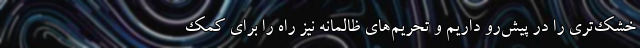
خشک‌تری را در پیش‌رو داریم و تحریم‌های ظالمانه نیز راه را برای کمک